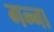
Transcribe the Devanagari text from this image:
गन्‍ना